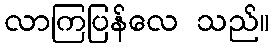
လာကြပြန်လေ သည်။